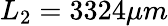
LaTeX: L_{2}=3324\mu m